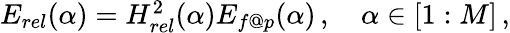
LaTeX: \begin{array}{r}{E_{rel}(\alpha)=H_{rel}^{2}(\alpha)E_{f@p}(\alpha)\, ,\quad\alpha\in[1:M]\, ,}\end{array}